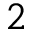
2